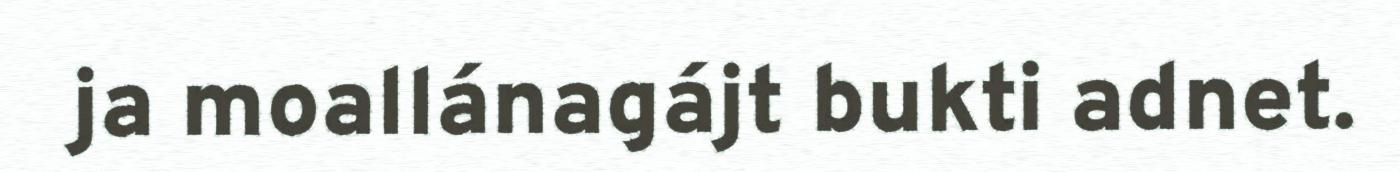
ja moallánagájt bukti adnet.